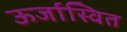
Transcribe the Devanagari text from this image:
ऊर्जास्वित